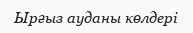
Ырғыз ауданы көлдерi